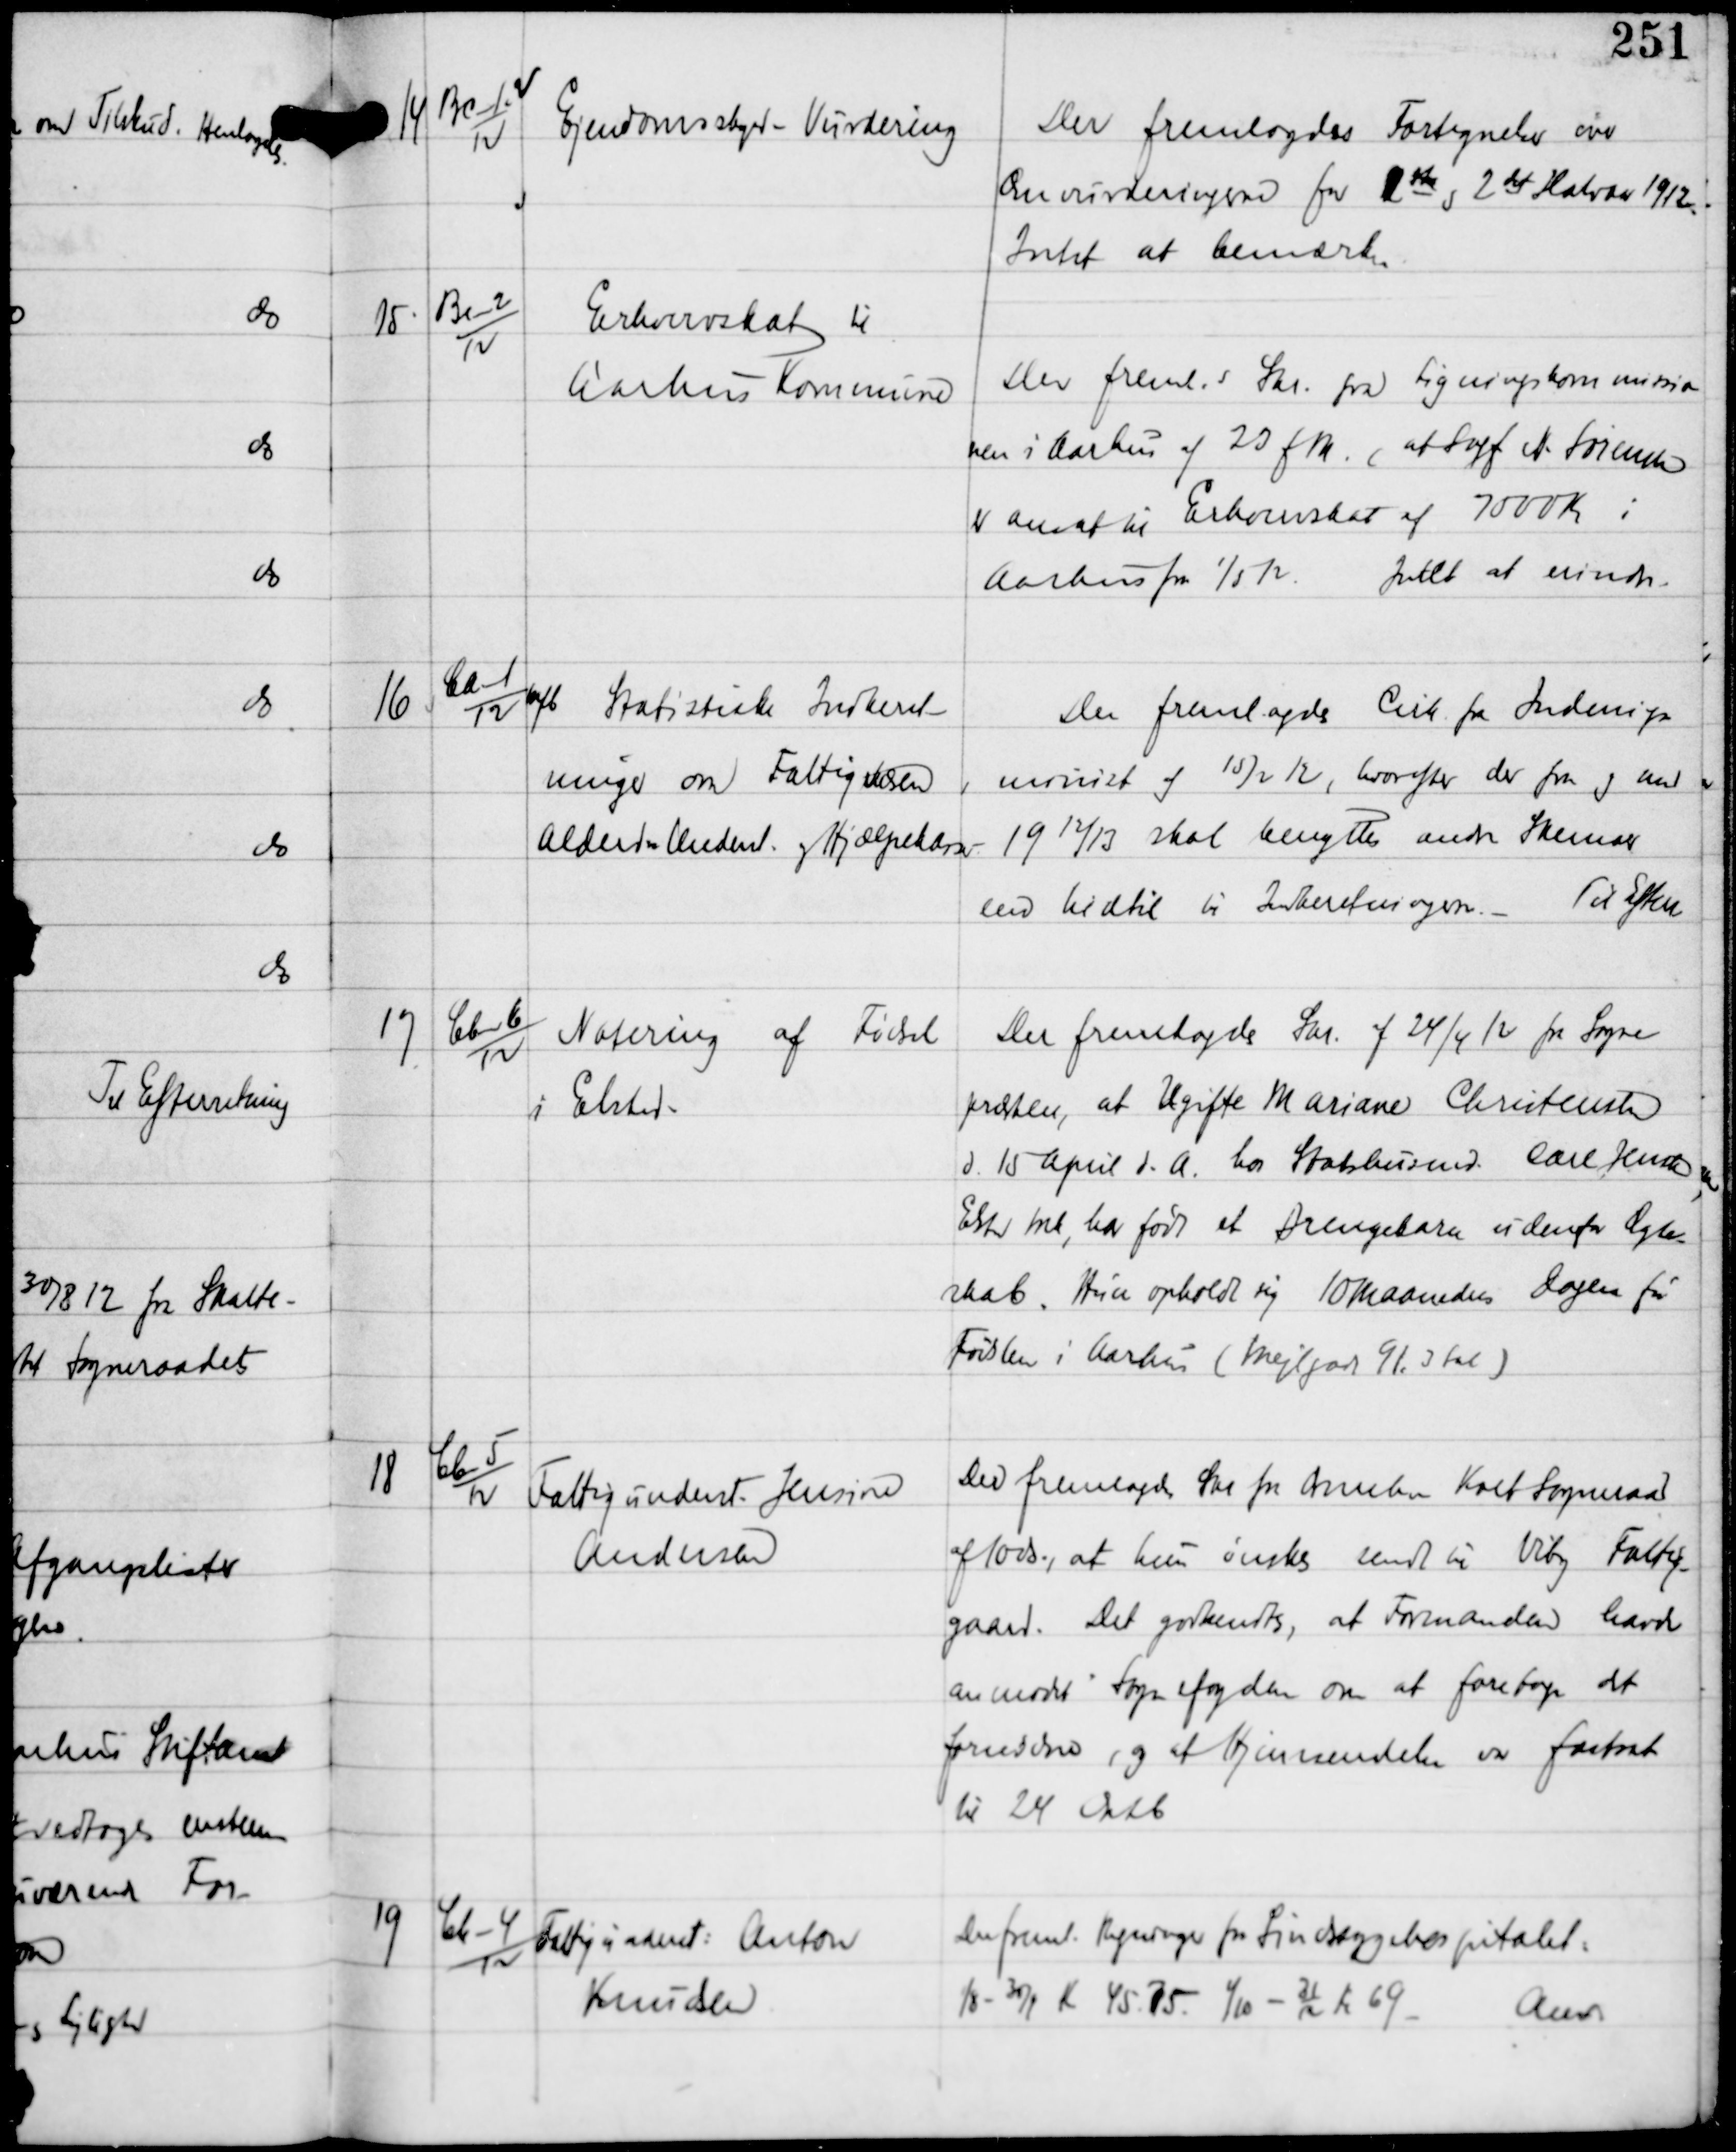
Transskription:
14

Bc-1
12

Ejendomsskyld - Vurdering

Der fremlagdes Fortegnelse over
Omvurderingerne for 1ste og 2det Halvaar 1912.
Intet at bemærke

15

Bc-2
12

Erhvervsskat til
Aarhus Kommune

Der fremls Skr fra Ligningskommissio-
nen i Aarhus af 23 f M at Sagf N. Sørensen
er ansat til Erhvervsskat af 7000 Kr i
Aarhus fra 1/5 12.
Intet at erindre.

16

Ca-1
12 m/b

Statistiske Indberet-
ninger om Fattigvæsen,
Alderds Underst og Hjælpekasser

Der fremlagdes Cirk fra Indenrigs-
ministeriet af 15/2 12, hvorefter der fra og med
1912/13 skal benyttes andre Skemaer
end hidtil til Indberetningen. -
Til Efterr

17

Cb-6
12

Notering af Fødsel
i Elsted.

Der fremlagdes Skr af 24/4 12 fra Sogne-
præsten, at Ugifte Mariane Christensen
d 15 April d.A. hos Statshusmand Carl Jensen,
Elsted Mk, har født et Drengebarn udenfor Ægte-
skab. Hun opholdt sig 10 maaneders Dagen før
Fødslen i Aarhus (Mejlgade 91.3 sal)

18

Cb-5
12

Fattigunderst Jensine
Andersen

Der fremlagdes Skr for Ormslev Kolt Sogneraad
af 10 ds., at hun ønskes sendt til Viby Fattig-
gaard. Det godkendtes, at Formanden havde
anmodet Sognefogden om at foretage det
fornødne, og at Hjemsendelse var fastsat
til 24 Okbt

19

Cb-4
12

Fattigunderst Anton
Knudsen

Der freml. Regninger fra Sindsygehospitalet
1/8 - 30/9 Kr 45.75
4/10 - 31/12 Kr 69.
Anv